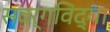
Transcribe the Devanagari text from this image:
संवर्गविद्या